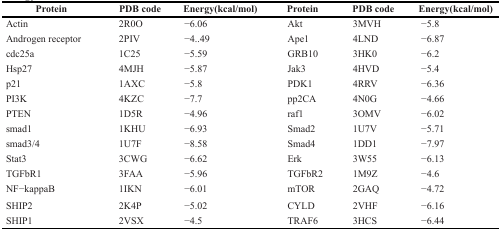
<table><thead><tr><td><b>Protein</b></td><td><b>PDB code</b></td><td><b>Energy(kcal/mol)</b></td><td><b>Protein</b></td><td><b>PDB code</b></td><td><b>Energy(kcal/mol)</b></td></tr></thead><tbody><tr><td>Actin</td><td>2R0O</td><td>−6.06</td><td>Akt</td><td>3MVH</td><td>−5.8</td></tr><tr><td>Androgen receptor</td><td>2PIV</td><td>−4..49</td><td>Ape1</td><td>4LND</td><td>−6.87</td></tr><tr><td>cdc25a</td><td>1C25</td><td>−5.59</td><td>GRB10</td><td>3HK0</td><td>−6.2</td></tr><tr><td>Hsp27</td><td>4MJH</td><td>−5.87</td><td>Jak3</td><td>4HVD</td><td>−5.4</td></tr><tr><td>p21</td><td>1AXC</td><td>−5.8</td><td>PDK1</td><td>4RRV</td><td>−6.36</td></tr><tr><td>PI3K</td><td>4KZC</td><td>−7.7</td><td>pp2CA</td><td>4N0G</td><td>−4.66</td></tr><tr><td>PTEN</td><td>1D5R</td><td>−4.96</td><td>raf1</td><td>3OMV</td><td>−6.02</td></tr><tr><td>smad1</td><td>1KHU</td><td>−6.93</td><td>Smad2</td><td>1U7V</td><td>−5.71</td></tr><tr><td>smad3/4</td><td>1U7F</td><td>−8.58</td><td>Smad4</td><td>1DD1</td><td>−7.97</td></tr><tr><td>Stat3</td><td>3CWG</td><td>−6.62</td><td>Erk</td><td>3W55</td><td>−6.13</td></tr><tr><td>TGFbR1</td><td>3FAA</td><td>−5.96</td><td>TGFbR2</td><td>1M9Z</td><td>−4.6</td></tr><tr><td>NF−kappaB</td><td>1IKN</td><td>−6.01</td><td>mTOR</td><td>2GAQ</td><td>−4.72</td></tr><tr><td>SHIP2</td><td>2K4P</td><td>−5.02</td><td>CYLD</td><td>2VHF</td><td>−6.16</td></tr><tr><td>SHIP1</td><td>2VSX</td><td>−4.5</td><td>TRAF6</td><td>3HCS</td><td>−6.44</td></tr></tbody></table>